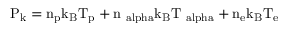
\mathrm { P _ { k } = n _ { p } k _ { B } T _ { p } + n _ { \ a l p h a } k _ { B } T _ { \ a l p h a } + n _ { e } k _ { B } T _ { e } }